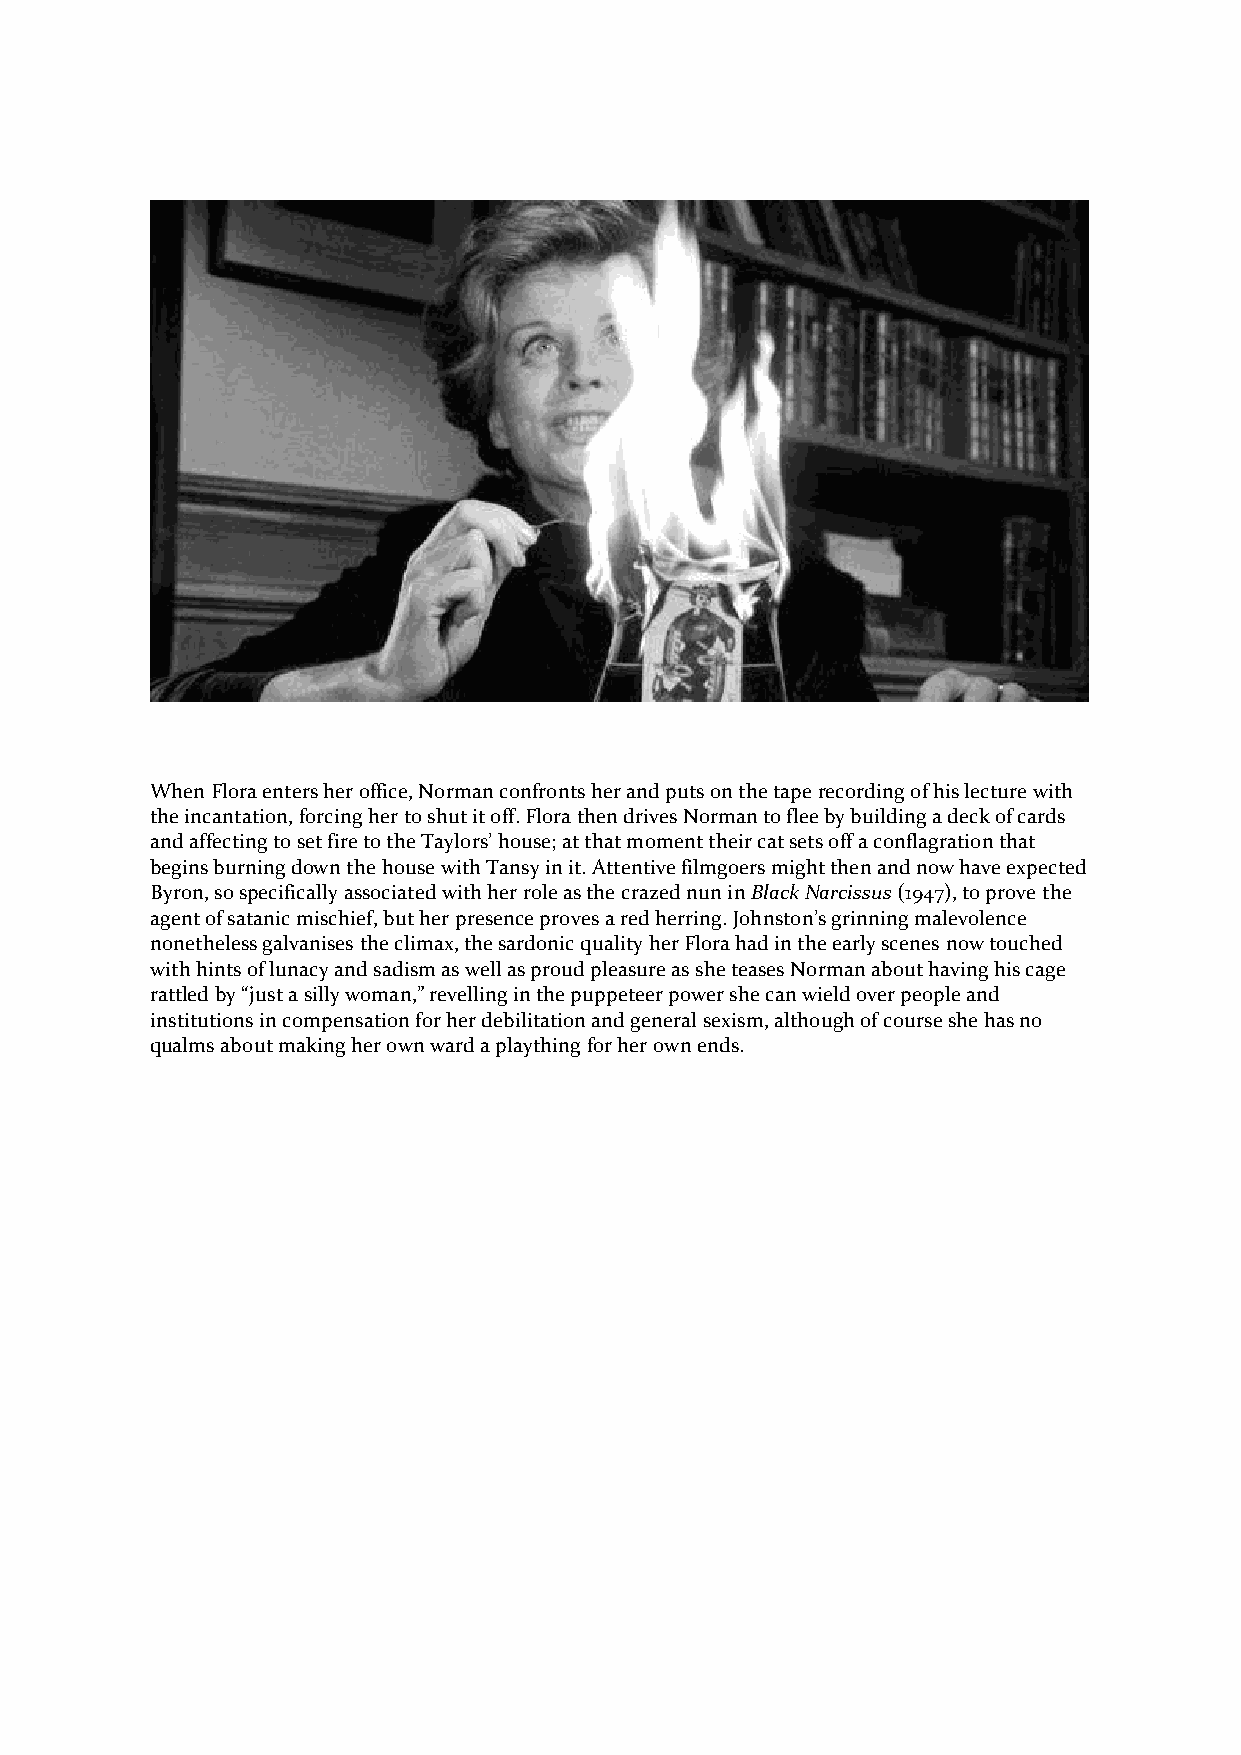
When Flora enters her office, Norman confronts her and puts on the tape recording of his lecture with
 the incantation, forcing her to shut it off. Flora then drives Norman to flee by building a deck of cards
 and affecting to set fire to the Taylors’ house; at that moment their cat sets off a conflagration that
 begins burning down the house with Tansy in it. Attentive filmgoers might then and now have expected
 Byron, so specifically associated with her role as the crazed nun in Black Narcissus (1947), to prove the
 agent of satanic mischief, but her presence proves a red herring. Johnston’s grinning malevolence
 nonetheless galvanises the climax, the sardonic quality her Flora had in the early scenes now touched
 with hints of lunacy and sadism as well as proud pleasure as she teases Norman about having his cage
 rattled by “just a silly woman,” revelling in the puppeteer power she can wield over people and
 institutions in compensation for her debilitation and general sexism, although of course she has no
 qualms about making her own ward a plaything for her own ends.